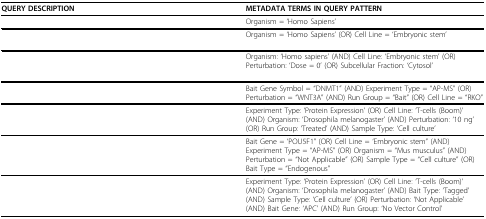
<table><thead><tr><td><b>QUERY DESCRIPTION</b></td><td><b>METADATA TERMS IN QUERY PATTERN</b></td></tr></thead><tbody><tr><td>[EMPTY_CELL]</td><td>Organism = 'Homo Sapiens'</td></tr><tr><td>[EMPTY_CELL]</td><td>Organism = 'Homo Sapiens' (OR) Cell Line = 'Embryonic stem'</td></tr><tr><td>[EMPTY_CELL]</td><td>Organism: 'Homo sapiens' (AND) Cell Line: 'Embryonic stem' (OR) Perturbation: 'Dose = 0' (OR) Subcellular Fraction: 'Cytosol'</td></tr><tr><td>[EMPTY_CELL]</td><td>Bait Gene Symbol = "DNMT1" (AND) Experiment Type = "AP-MS" (OR) Perturbation = "WNT3A" (AND) Run Group = "Bait" (OR) Cell Line = "RKO"</td></tr><tr><td>[EMPTY_CELL]</td><td>Experiment Type: 'Protein Expression' (OR) Cell Line: 'T-cells (Boom)' (AND) Organism: 'Drosophila melanogaster' (AND) Perturbation: '10 ng' (OR) Run Group: 'Treated' (AND) Sample Type: 'Cell culture'</td></tr><tr><td>[EMPTY_CELL]</td><td>Bait Gene = 'POU5F1" (OR) Cell Line = 'Embryonic stem" (AND) Experiment Type = "AP-MS" (OR) Organism = "Mus musculus" (AND) Perturbation = "Not Applicable" (OR) Sample Type = "Cell culture" (OR) Bait Type = "Endogenous"</td></tr><tr><td>[EMPTY_CELL]</td><td>Experiment Type: 'Protein Expression' (OR) Cell Line: 'T-cells (Boom)' (AND) Organism: 'Drosophila melanogaster' (AND) Bait Type: 'Tagged' (AND) Sample Type: 'Cell culture' (OR) Perturbation: 'Not Applicable' (AND) Bait Gene: 'APC' (AND) Run Group: 'No Vector Control'</td></tr></tbody></table>